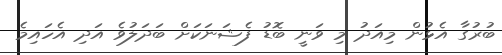
ބުރުގާ އެޅުން މިއަދު މި ވަނީ ބޮޑު ފެޝަނަކަށް ބަދަލުވެ އަދި އެހައިމެ